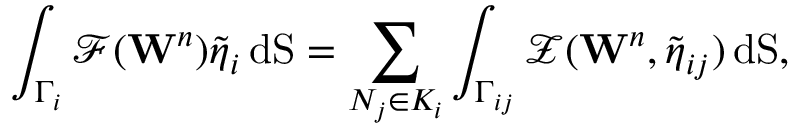
\int _ { \Gamma _ { i } } \mathbf { \mathcal { F } } ( \mathbf { W } ^ { n } ) \boldsymbol { \widetilde { \eta } } _ { i } \, \mathrm { d S } = \displaystyle \sum _ { N _ { j } \in { \cal K } _ { i } } \displaystyle \int _ { \Gamma _ { i j } } { \mathcal { Z } } ( \mathbf { W } ^ { n } , { \boldsymbol { \tilde { \eta } } } _ { i j } ) \, \mathrm { d S } ,